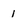
Character: 1